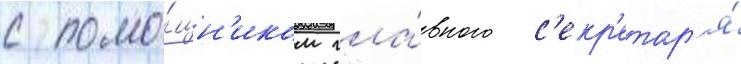
с помо́щн'иком гла́вного с'екр'етар'я́